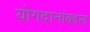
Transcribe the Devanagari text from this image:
योगदानांबद्दल